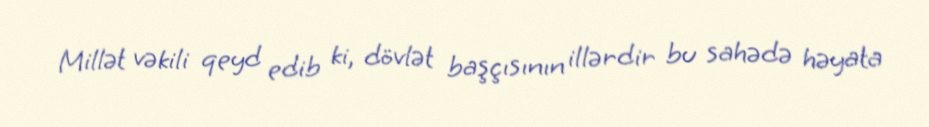
Millət vəkili qeyd edib ki, dövlət başçısının illərdir bu sahədə həyata